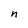
Character: n